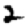
Digit: 2